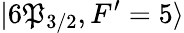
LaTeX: |6\mathfrak{P}_{3/2},F^{\prime}=5\rangle